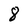
Character: 8